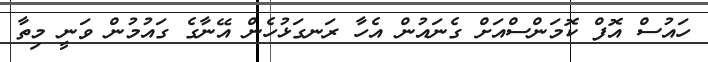
ހައުސް އޮފް ކޮމަންސްއަށް ގެނައުން އެހާ ރަނގަޅުހެން އޭނާގެ ގައުމުން ވަނީ މިތާ